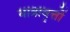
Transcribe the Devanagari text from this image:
यात्रावृत्तों